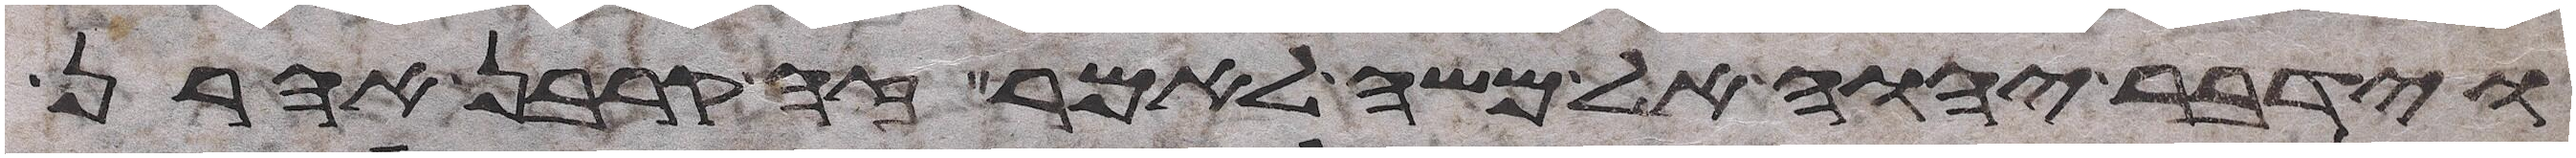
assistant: וידבר יהוה אל משה לאמר זה קרבן אהרן